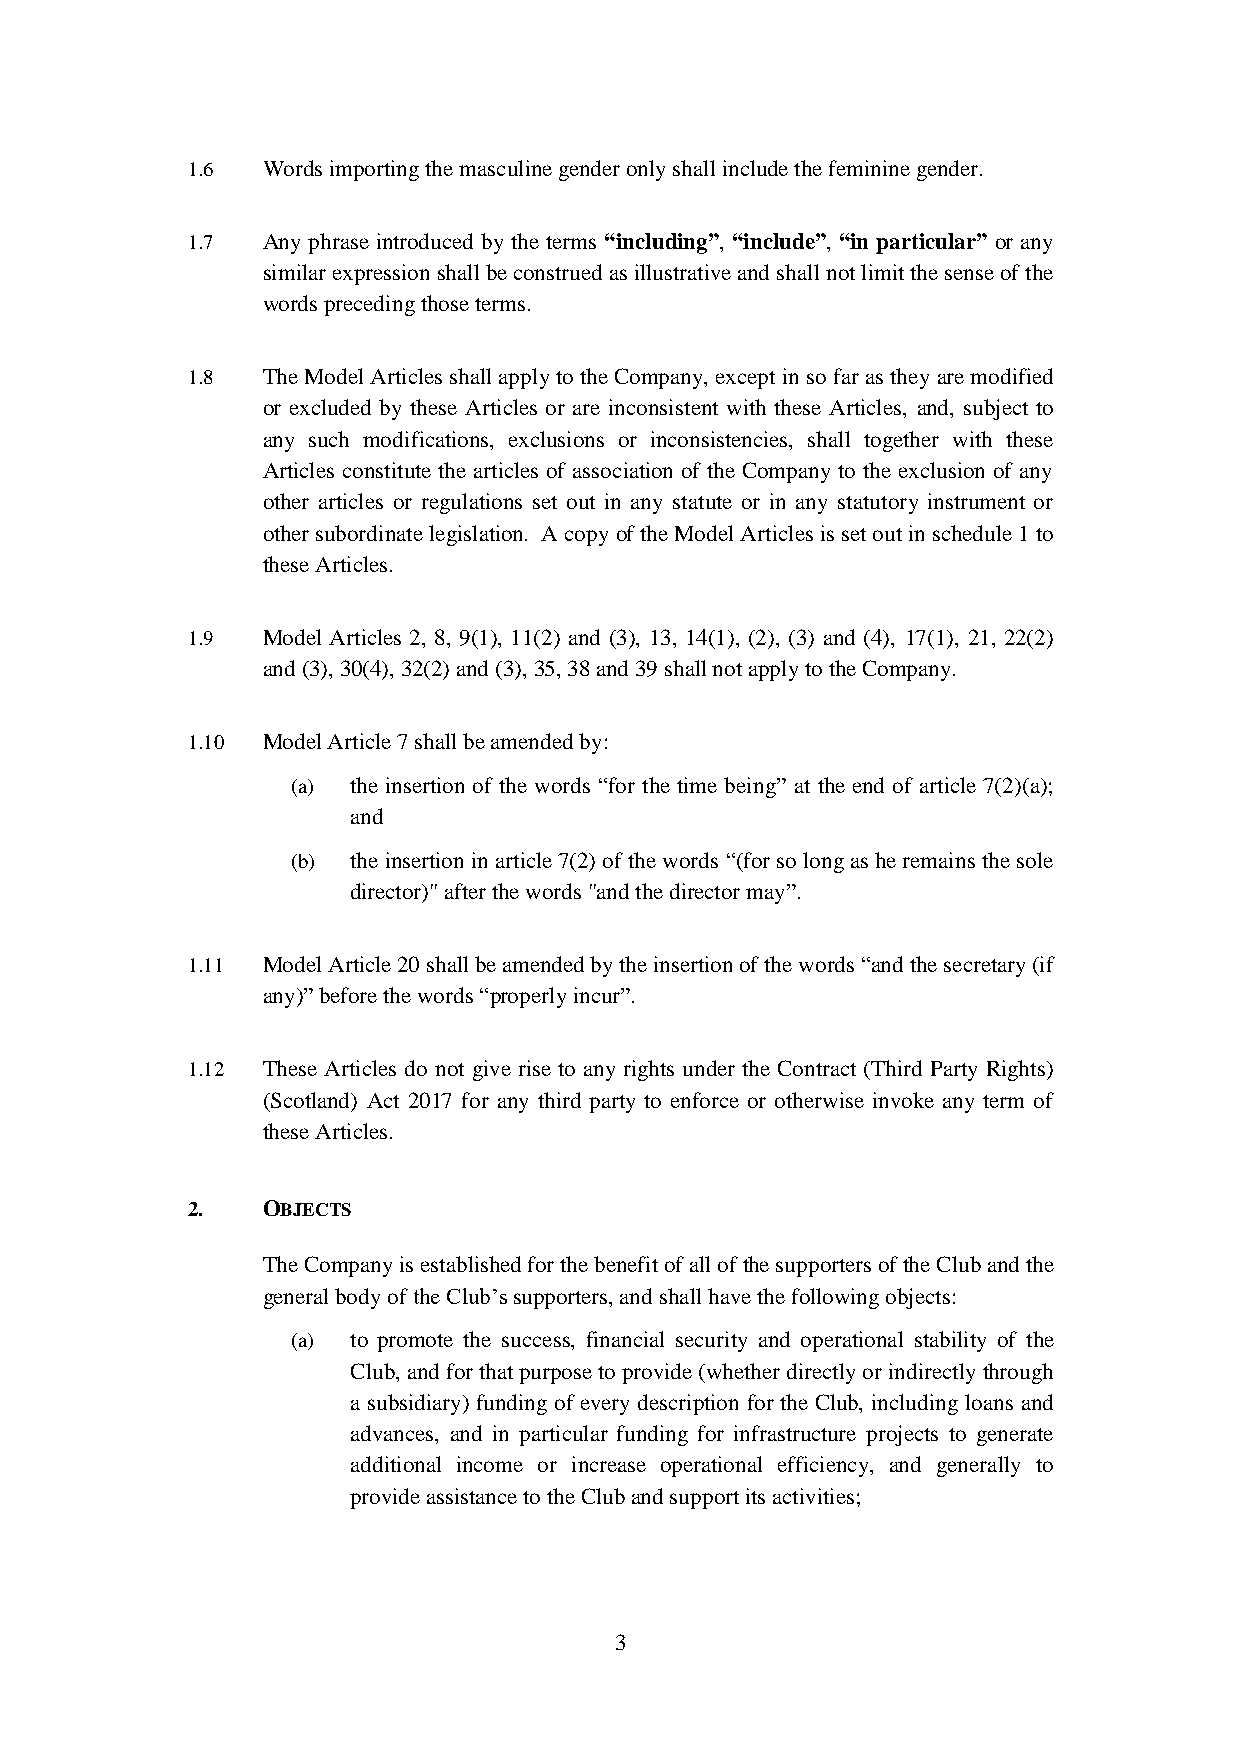
1.6  Words importing the masculine gender only shall include the feminine gender.
 1.7  Any phrase introduced by the terms “including”, “include”, “in particular” or any
 similar expression shall be construed as illustrative and shall not limit the sense of the
 words preceding those terms.
 1.8  The Model Articles shall apply to the Company, except in so far as they are modified
 or excluded by these Articles or are inconsistent with these Articles, and, subject to
 any such modifications, exclusions or inconsistencies, shall together with these
 Articles constitute the articles of association of the Company to the exclusion of any
 other articles or regulations set out in any statute or in any statutory instrument or
 other subordinate legislation. A copy of the Model Articles is set out in schedule 1 to
 these Articles.
 1.9  Model Articles 2, 8, 9(1), 11(2) and (3), 13, 14(1), (2), (3) and (4), 17(1), 21, 22(2)
 and (3), 30(4), 32(2) and (3), 35, 38 and 39 shall not apply to the Company.
 1.10 Model Article 7 shall be amended by:
 (a) the insertion of the words “for the time being” at the end of article 7(2)(a);
 and
 (b) the insertion in article 7(2) of the words “(for so long as he remains the sole
 director)" after the words "and the director may”.
 1.11 Model Article 20 shall be amended by the insertion of the words “and the secretary (if
 any)” before the words “properly incur”.
 1.12 These Articles do not give rise to any rights under the Contract (Third Party Rights)
 (Scotland) Act 2017 for any third party to enforce or otherwise invoke any term of
 these Articles.
 2.   OBJECTS
 The Company is established for the benefit of all of the supporters of the Club and the
 general body of the Club’s supporters, and shall have the following objects:
 (a) to promote the success, financial security and operational stability of the
 Club, and for that purpose to provide (whether directly or indirectly through
 a subsidiary) funding of every description for the Club, including loans and
 advances, and in particular funding for infrastructure projects to generate
 additional income or increase operational efficiency, and generally to
 provide assistance to the Club and support its activities;
 3